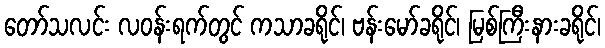
တော်သလင်း လဝန်းရက်တွင် ကသာခရိုင်၊ ဗန်းမော်ခရိုင်၊ မြစ်ကြီးနားခရိုင်၊